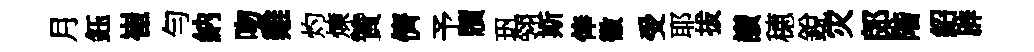
月鈺崔勻納吻雞灼煉贊儕予牘㺬翎斯俸徽受耶拔讃穂銳灾郎階紹辟